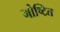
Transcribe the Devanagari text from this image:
गोष्टित